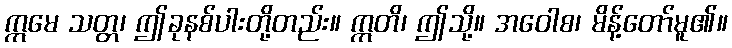
ဣမေ သတ္တ၊ ဤခုနစ်ပါးတို့တည်း။ ဣတိ၊ ဤသို့။ အဝေါစ၊ မိန့်တော်မူ၏။